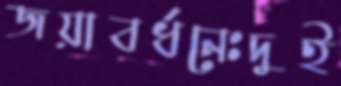
জয়াবর্ধনেঃদুই